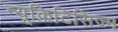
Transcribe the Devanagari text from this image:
न्यूक्रिटिसिज्म